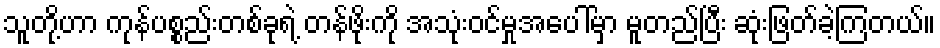
သူတို့ဟာ ကုန်ပစ္စည်းတစ်ခုရဲ့ တန်ဖိုးကို အသုံးဝင်မှုအပေါ်မှာ မူတည်ပြီး ဆုံးဖြတ်ခဲ့ကြတယ်။